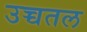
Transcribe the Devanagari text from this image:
उच्चतल